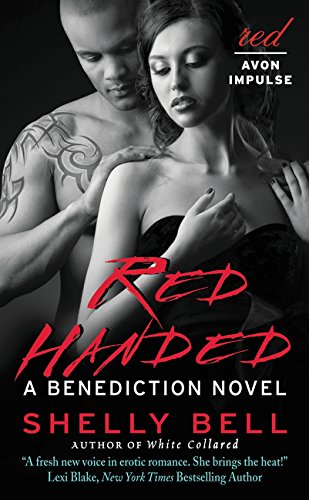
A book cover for Red Handed: A Benediction Novel; Shelly Bell; Romance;